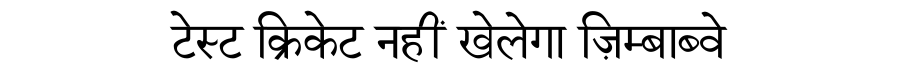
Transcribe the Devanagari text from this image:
टेस्ट क्रिकेट नहीं खेलेगा ज़िम्बाब्वे